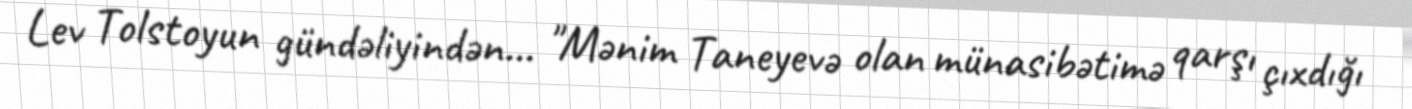
Lev Tolstoyun gündəliyindən... "Mənim Taneyevə olan münasibətimə qarşı çıxdığı